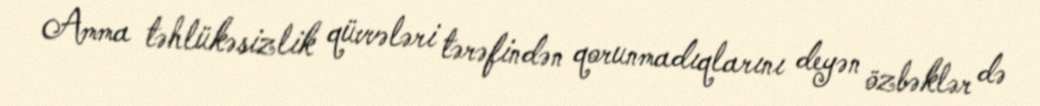
Amma təhlükəsizlik qüvvələri tərəfindən qorunmadıqlarını deyən özbəklər də